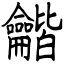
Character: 龤